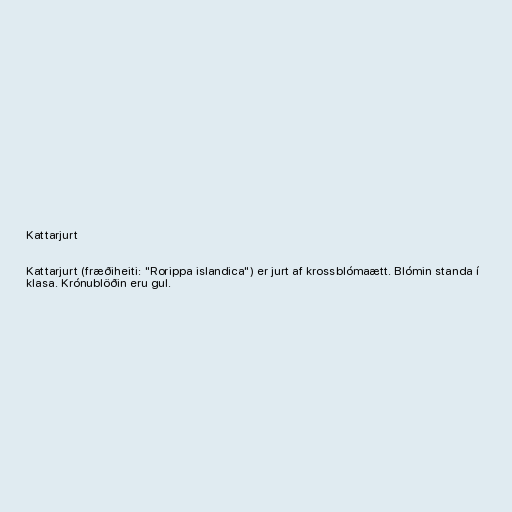
Kattarjurt

Kattarjurt (fræðiheiti: "Rorippa islandica") er jurt af krossblómaætt. Blómin standa í
klasa. Krónublöðin eru gul.